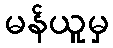
မန်ယူမှ